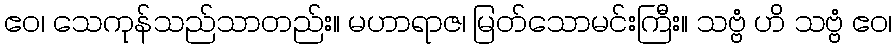
ဧဝ၊ သေကုန်သည်သာတည်း။ မဟာရာဇ၊ မြတ်သောမင်းကြီး။ သဗ္ဗံ ဟိ သဗ္ဗံ ဧဝ၊